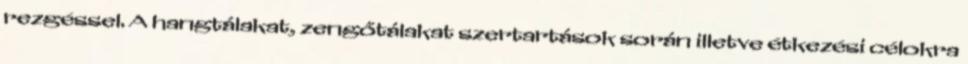
rezgéssel. A hangtálakat, zengőtálakat szertartások során illetve étkezési célokra